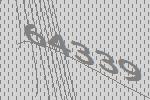
64339